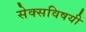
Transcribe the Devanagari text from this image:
सेक्सविषयी